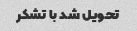
تحویل شد با تشکر